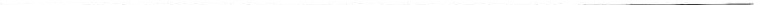
___